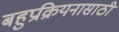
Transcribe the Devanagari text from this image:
बहुप्रक्रियनासाठी